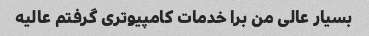
بسیار عالی من برا خدمات کامپیوتری گرفتم عالیه